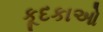
કૂદકાઓ